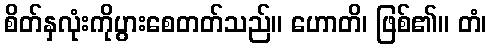
စိတ်နှလုံးကိုပွားစေတတ်သည်။ ဟောတိ၊ ဖြစ်၏။ တံ၊